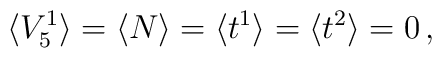
\langle V_5^1\rangle=\langle N\rangle=\langle t^1\rangle=\langle t^2\rangle=0\, ,